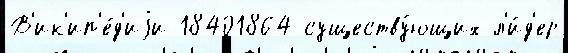
В'ик'ип'е́д'иjи 18401864 существу́ющих л'и́д'ер